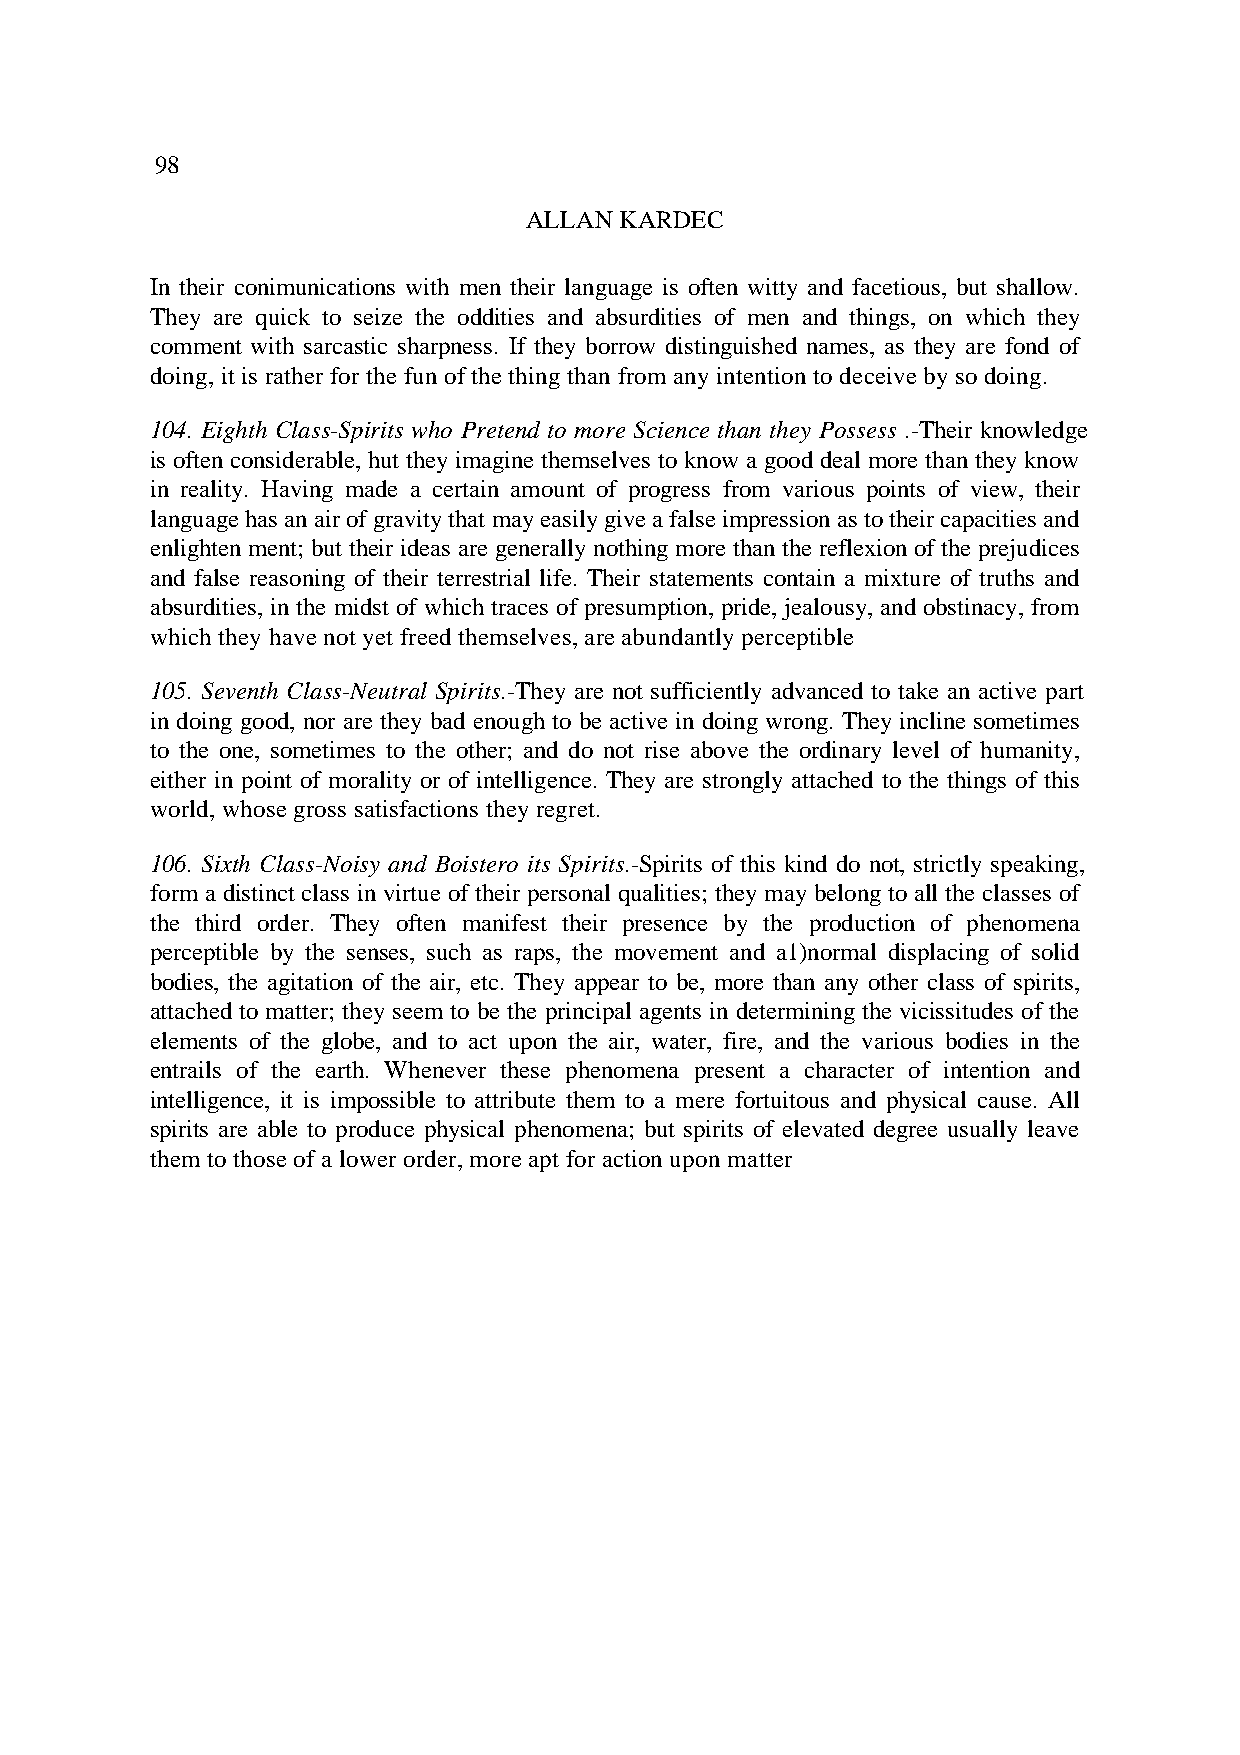
98
 ALLAN KARDEC
 In their conimunications with men their language is often witty and facetious, but shallow.
 They are quick to seize the oddities and absurdities of men and things, on which they
 comment with sarcastic sharpness. If they borrow distinguished names, as they are fond of
 doing, it is rather for the fun of the thing than from any intention to deceive by so doing.
 104. Eighth Class-Spirits who Pretend to more Science than they Possess . -Their knowledge
 is often considerable, hut they imagine themselves to know a good deal more than they know
 in reality. Having made a certain amount of progress from various points of view, their
 language has an air of gravity that may easily give a false impression as to their capacities and
 enlighten ment; but their ideas are generally nothing more than the reflexion of the prejudices
 and false reasoning of their terrestrial life. Their statements contain a mixture of truths and
 absurdities, in the midst of which traces of presumption, pride, jealousy, and obstinacy, from
 which they have not yet freed themselves, are abundantly perceptible.
 105. Seventh Class-Neutral Spirits.- They are not sufficiently advanced to take an active part
 in doing good, nor are they bad enough to be active in doing wrong. They incline sometimes
 to the one, sometimes to the other; and do not rise above the ordinary level of humanity,
 either in point of morality or of intelligence. They are strongly attached to the things of this
 world, whose gross satisfactions they regret.
 106. Sixth Class-Noisy and Boistero its Spirits.- Spirits of this kind do not, strictly speaking,
 form a distinct class in virtue of their personal qualities; they may belong to all the classes of
 the third order. They often manifest their presence by the production of phenomena
 perceptible by the senses, such as raps, the movement and a1)normal displacing of solid
 bodies, the agitation of the air, etc. They appear to be, more than any other class of spirits,
 attached to matter; they seem to be the principal agents in determining the vicissitudes of the
 elements of the globe, and to act upon the air, water, fire, and the various bodies in the
 entrails of the earth. Whenever these phenomena present a character of intention and
 intelligence, it is impossible to attribute them to a mere fortuitous and physical cause. All
 spirits are able to produce physical phenomena; but spirits of elevated degree usually leave
 them to those of a lower order, more apt for action upon matter